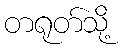
တရုတ်သို့